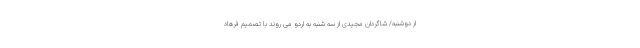
از دوشنبه/ شاگردان مجیدی از سه شنبه به اردو می روند با تصمیم فرهاد